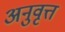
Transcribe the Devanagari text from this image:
अनुवृत्त